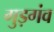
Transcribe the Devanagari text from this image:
गुड़गंव